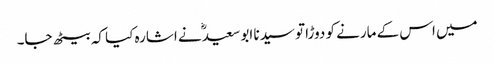
میں اس کے مارنے کو دوڑا تو سیدنا ابو سعیدؓ نے اشارہ کیا کہ بیٹھ جا۔